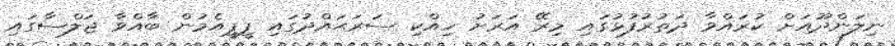
ނިލަންދޫއަށް ކުރައްވާ ދަތުރުފުޅުގައި މިރޭ އަރަށު ހިއްކި ސަރަޙައްދުގައި ޕީޕީއެމުން ބާއްވާ ޖަލްސާގައި